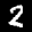
Label: 2